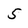
Character: 5